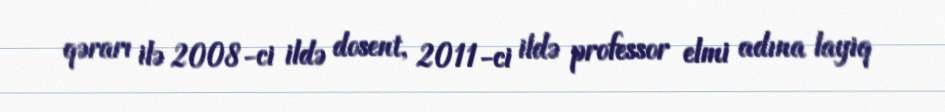
qərarı ilə 2008-ci ildə dosent, 2011-ci ildə professor elmi adına layiq